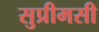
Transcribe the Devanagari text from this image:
सुप्रीमसी